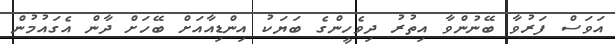
އަވަސް ފަރުވާ ބޭނުންވާ އިތުރު ދިވެހީންގެ ބަޔަކު އިންޑިއާއަށް ބޭހަށް ދާން އެގައުމުން